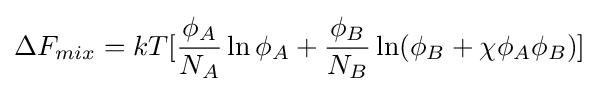
\Delta F_{mix}=kT[{\frac {\phi _{A}}{N_{A}}}\ln \phi _{A}+{\frac {\phi _{B}}{N_{B}}}\ln(\phi _{B}+\chi \phi _{A}\phi _{B})]